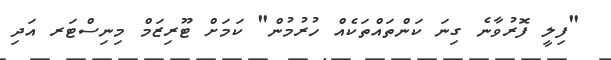
"ފިލީ ފޮރުވާނެ ގިނަ ކަންތައްތަކެއް ހުރުމުން" ކަމަށް ޓޫރިޒަމް މިނިސްޓަރ އަދި